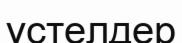
үстелдер